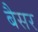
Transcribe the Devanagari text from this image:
बैसर